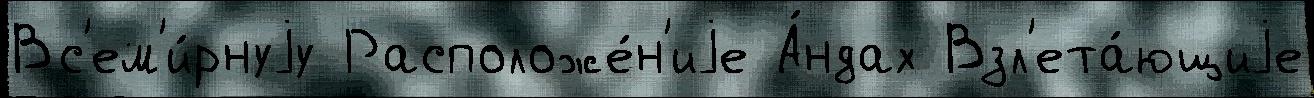
Вс'ем'и́рнуjу Расположе́н'иjе А́ндах Взл'ета́ющиjе